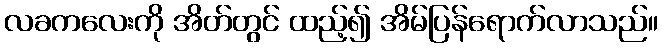
လခကလေးကို အိတ်တွင် ထည့်၍ အိမ်ပြန်ရောက်လာသည်။